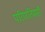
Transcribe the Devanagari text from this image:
परिणतिमसौ